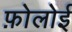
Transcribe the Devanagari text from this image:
फ़ोलोई